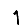
Digit: 1